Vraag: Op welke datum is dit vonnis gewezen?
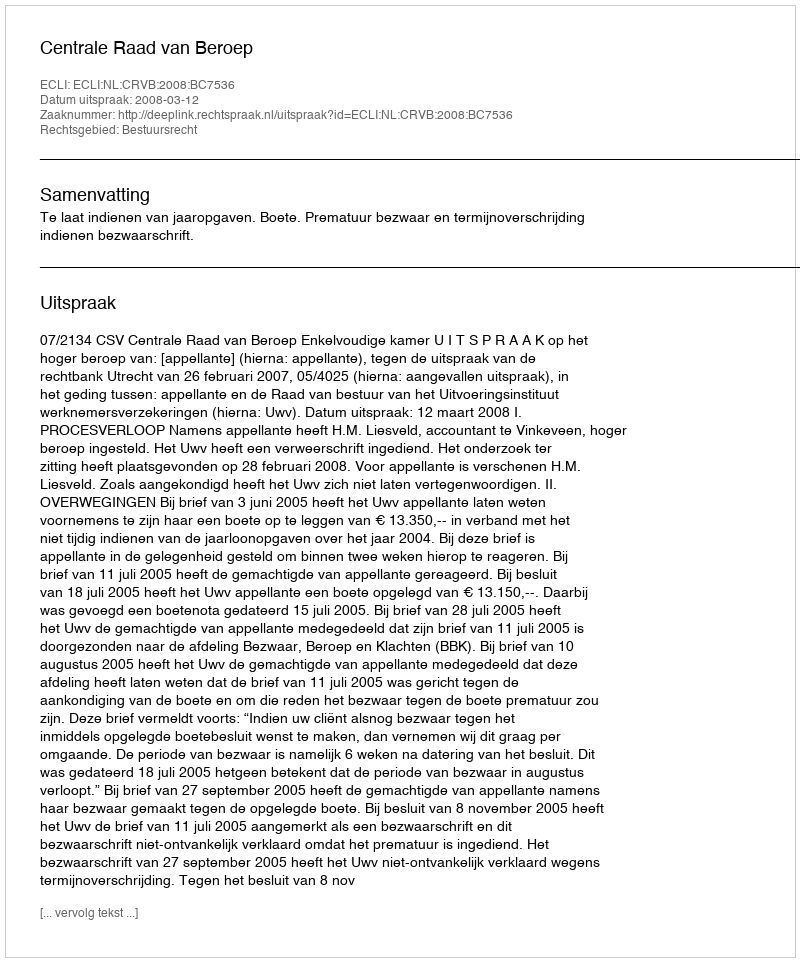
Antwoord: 2008-03-12